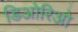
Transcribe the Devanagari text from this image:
डिओरिओ